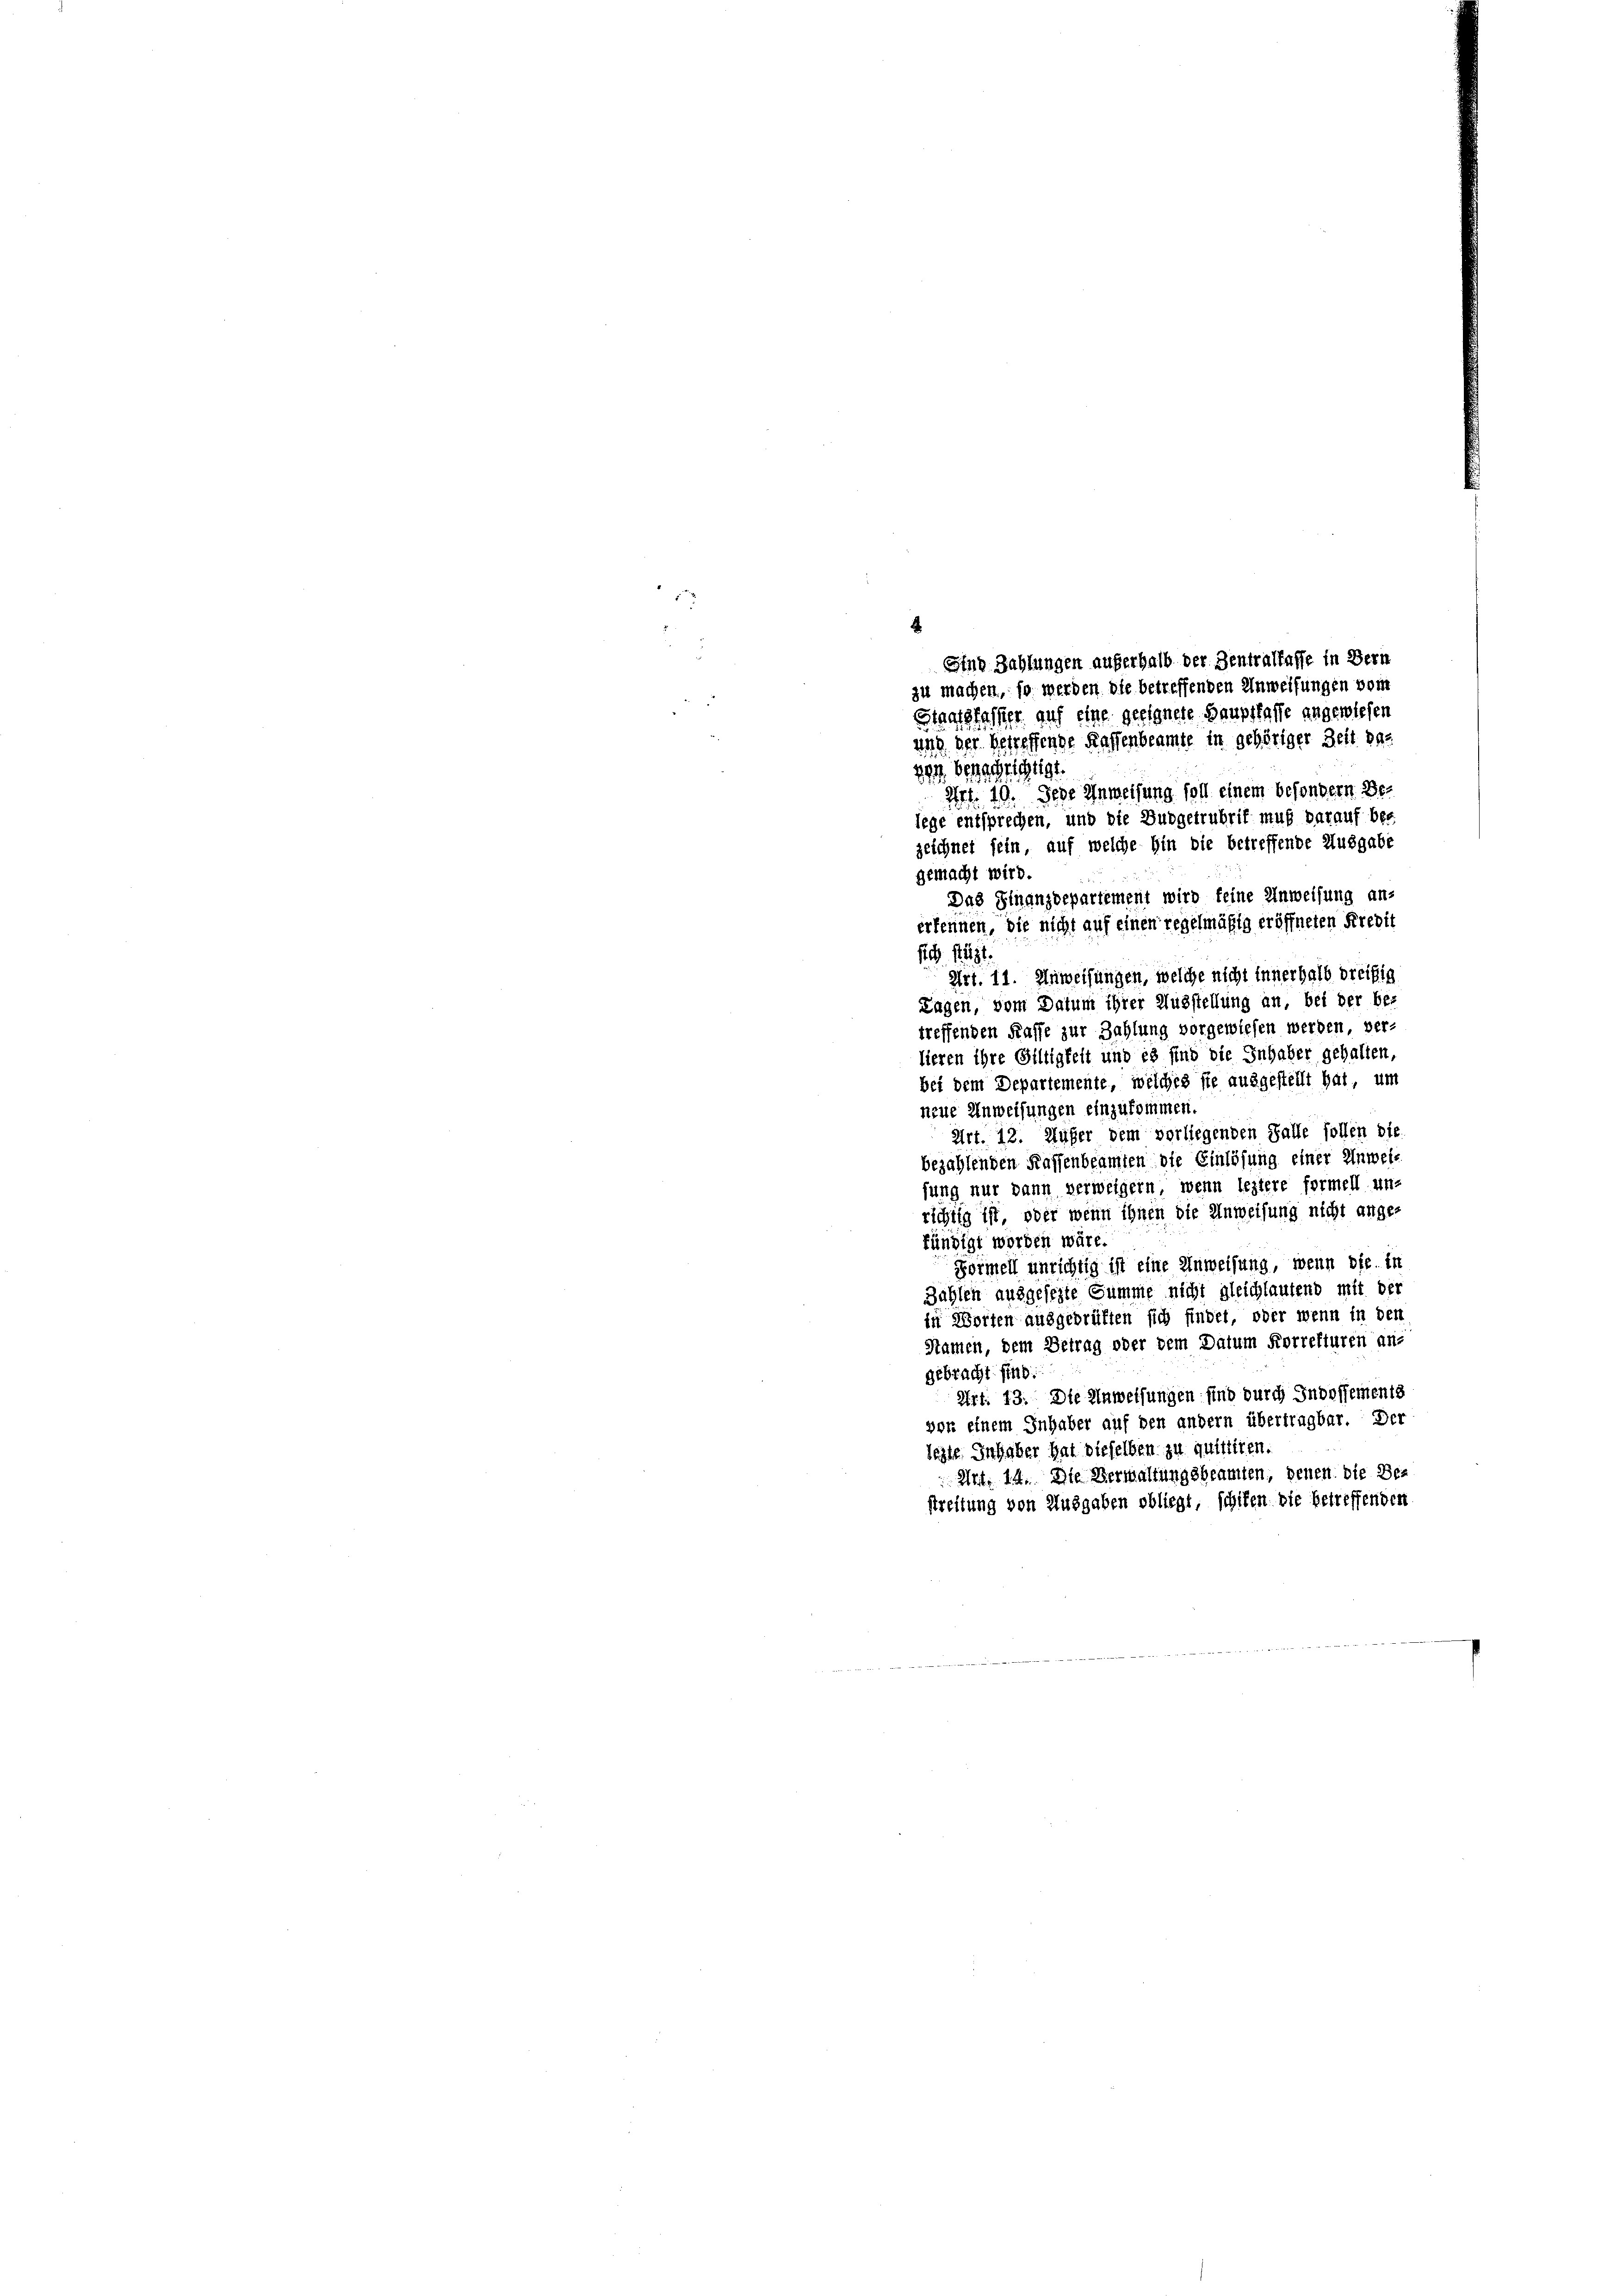
n
x
2
Staatsfasser auf eine geeignete Baupstaffe angewiesen

und der betreffende Kaffenbeamte in gehöriger Zeit das
29. Benachrichtigt.
Art. 10. Jede Anweisung soll einem besondern Belege entsprechen, und die Budgetrubrik muß darauf bes
zeichnet sein, auf welche hin die betreffende Ausgabe
gemacht wird.
Das Finanzdepartement wird keine Anweisung an-
erkennen, die nicht auf einen regelmäßig eröffneten Kredit
sich stützt.
Art. 11. Anweisungen, welche nicht innerhalb dreifig
Lagen, vom Datum ihrer Ausstellung an, bei der be-
treffenden Kaffe zur Zahlung vorgewiesen werden, ver-
lieren ihre Giltigkeit und es sind die Inhaber gehalten,
bei dem Departemente, welches sie ausgestellt hat, um
neue Anweisungen einzukommen.
Art. 12. Aufer dem vorliegenden Falle sollen die
bezahlenden Kassenbeamten die Einlösung einer Unweis
sung nur dann verweigern, wenn leztere formell un-
richtig ist, oder wenn ihnen die Anweisung nicht ange-
fündigt worden wäre.
Formell unrichtig ist eine Anweisung, wenn die in
Zählen ausgesezte Summe nicht gleichlautend mit der
in Worten ausgeprüften sich findet, oder wenn in den
Stamen, dem Betrag oder dem Datum Korrekturen an-
gebracht sind.
Art. 13. Die Anweisungen sind durch Indossements
vor einem Inhaber auf den andern übertragbar. Der
legte Inhaber hat dieselben zu quittiren.
 Art. 14. Die Verwaltungsbeamten, denen die Be-
streitung von Ausgaben obliegt, schiken die betreffenden

.

Sind Zahlungen auferhalb der Zentraffaffe in Bern
zu machen, so werden die betreffenden Anweisungen vom